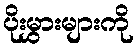
ပိုးမွှားများကို